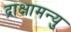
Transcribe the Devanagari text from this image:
द्राक्षामन्यु